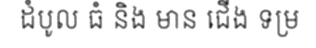
ដំបូល ធំ និង មាន ជើង ទម្រ